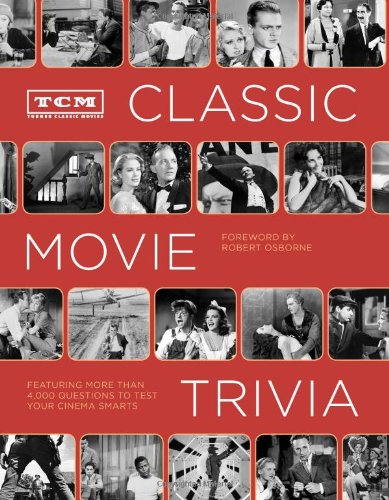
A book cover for TCM Classic Movie Trivia: Featuring More Than 4,000 Questions to Test Your Trivia Smarts; Humor & Entertainment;